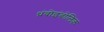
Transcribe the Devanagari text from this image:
थ्रंबोइंबोलिक